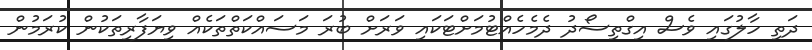
ދަތި ހާލުގައި ވެސް އިގްތިސޯދު ދެމެހެއްޓުމަށްޓަކައި ވަރަށް ބުރަ މަސައްކަތްތަކެއް ވިޔަފާރިތަކުން ކުރަމުން